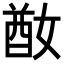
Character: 𡞜